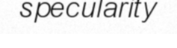
specularity